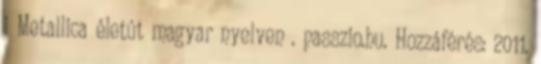
i Metallica életút magyar nyelven . passzio.hu. Hozzáférés: 2011.